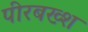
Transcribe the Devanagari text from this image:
पीरबख्श